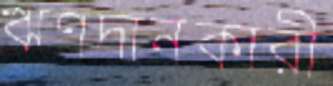
ঋণদানকারী